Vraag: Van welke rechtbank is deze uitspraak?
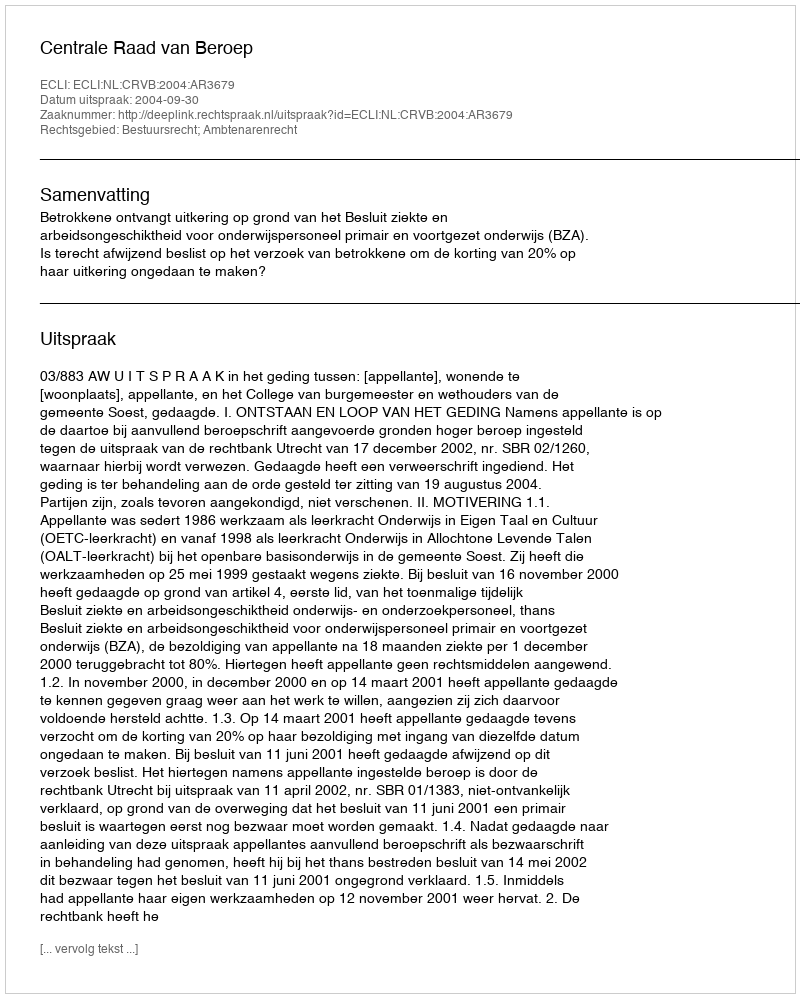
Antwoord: Centrale Raad van Beroep